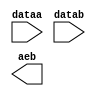
module comp_tv (
	dataa,
	datab,
	aeb);

	input	[9:0]  dataa;
	input	[9:0]  datab;
	output	  aeb;

endmodule